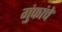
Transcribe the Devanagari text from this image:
गुंफांचे